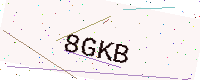
Text: 8GKB